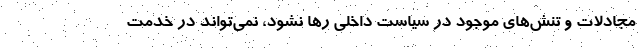
مجادلات و تنش‌های موجود در سیاست داخلی رها نشود، نمی‌تواند در خدمت